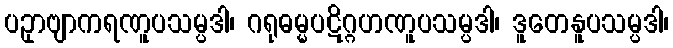
ပဥှာဗျာကရဏူပသမ္ပဒါ၊ ဂရုဓမ္မပဋိဂ္ဂဟဏူပသမ္ပဒါ၊ ဒူတေနူပသမ္ပဒါ၊